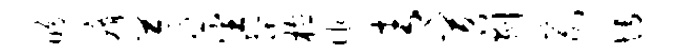
盼瘠苓蕃髭植作青苕剥易博